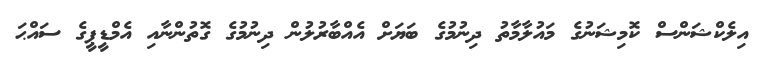
އިލެކްޝަންސް ކޮމިޝަނުގެ މައުލާމާތު ދިނުމުގެ ބަޔަށް އެއްބާރުލުން ދިނުމުގެ ގޮތުންނާއި އެމްޑީޕީގެ ސައްޙަ